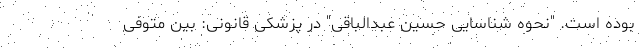
بوده است. "نحوه شناسایی حسین عبدالباقی" در پزشکی قانونی: بین متوفی